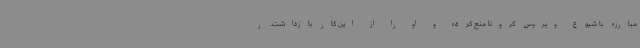
مبارزه با شیوع ویروس کرونا منع کرده و او را از این کار بازداشت. ر